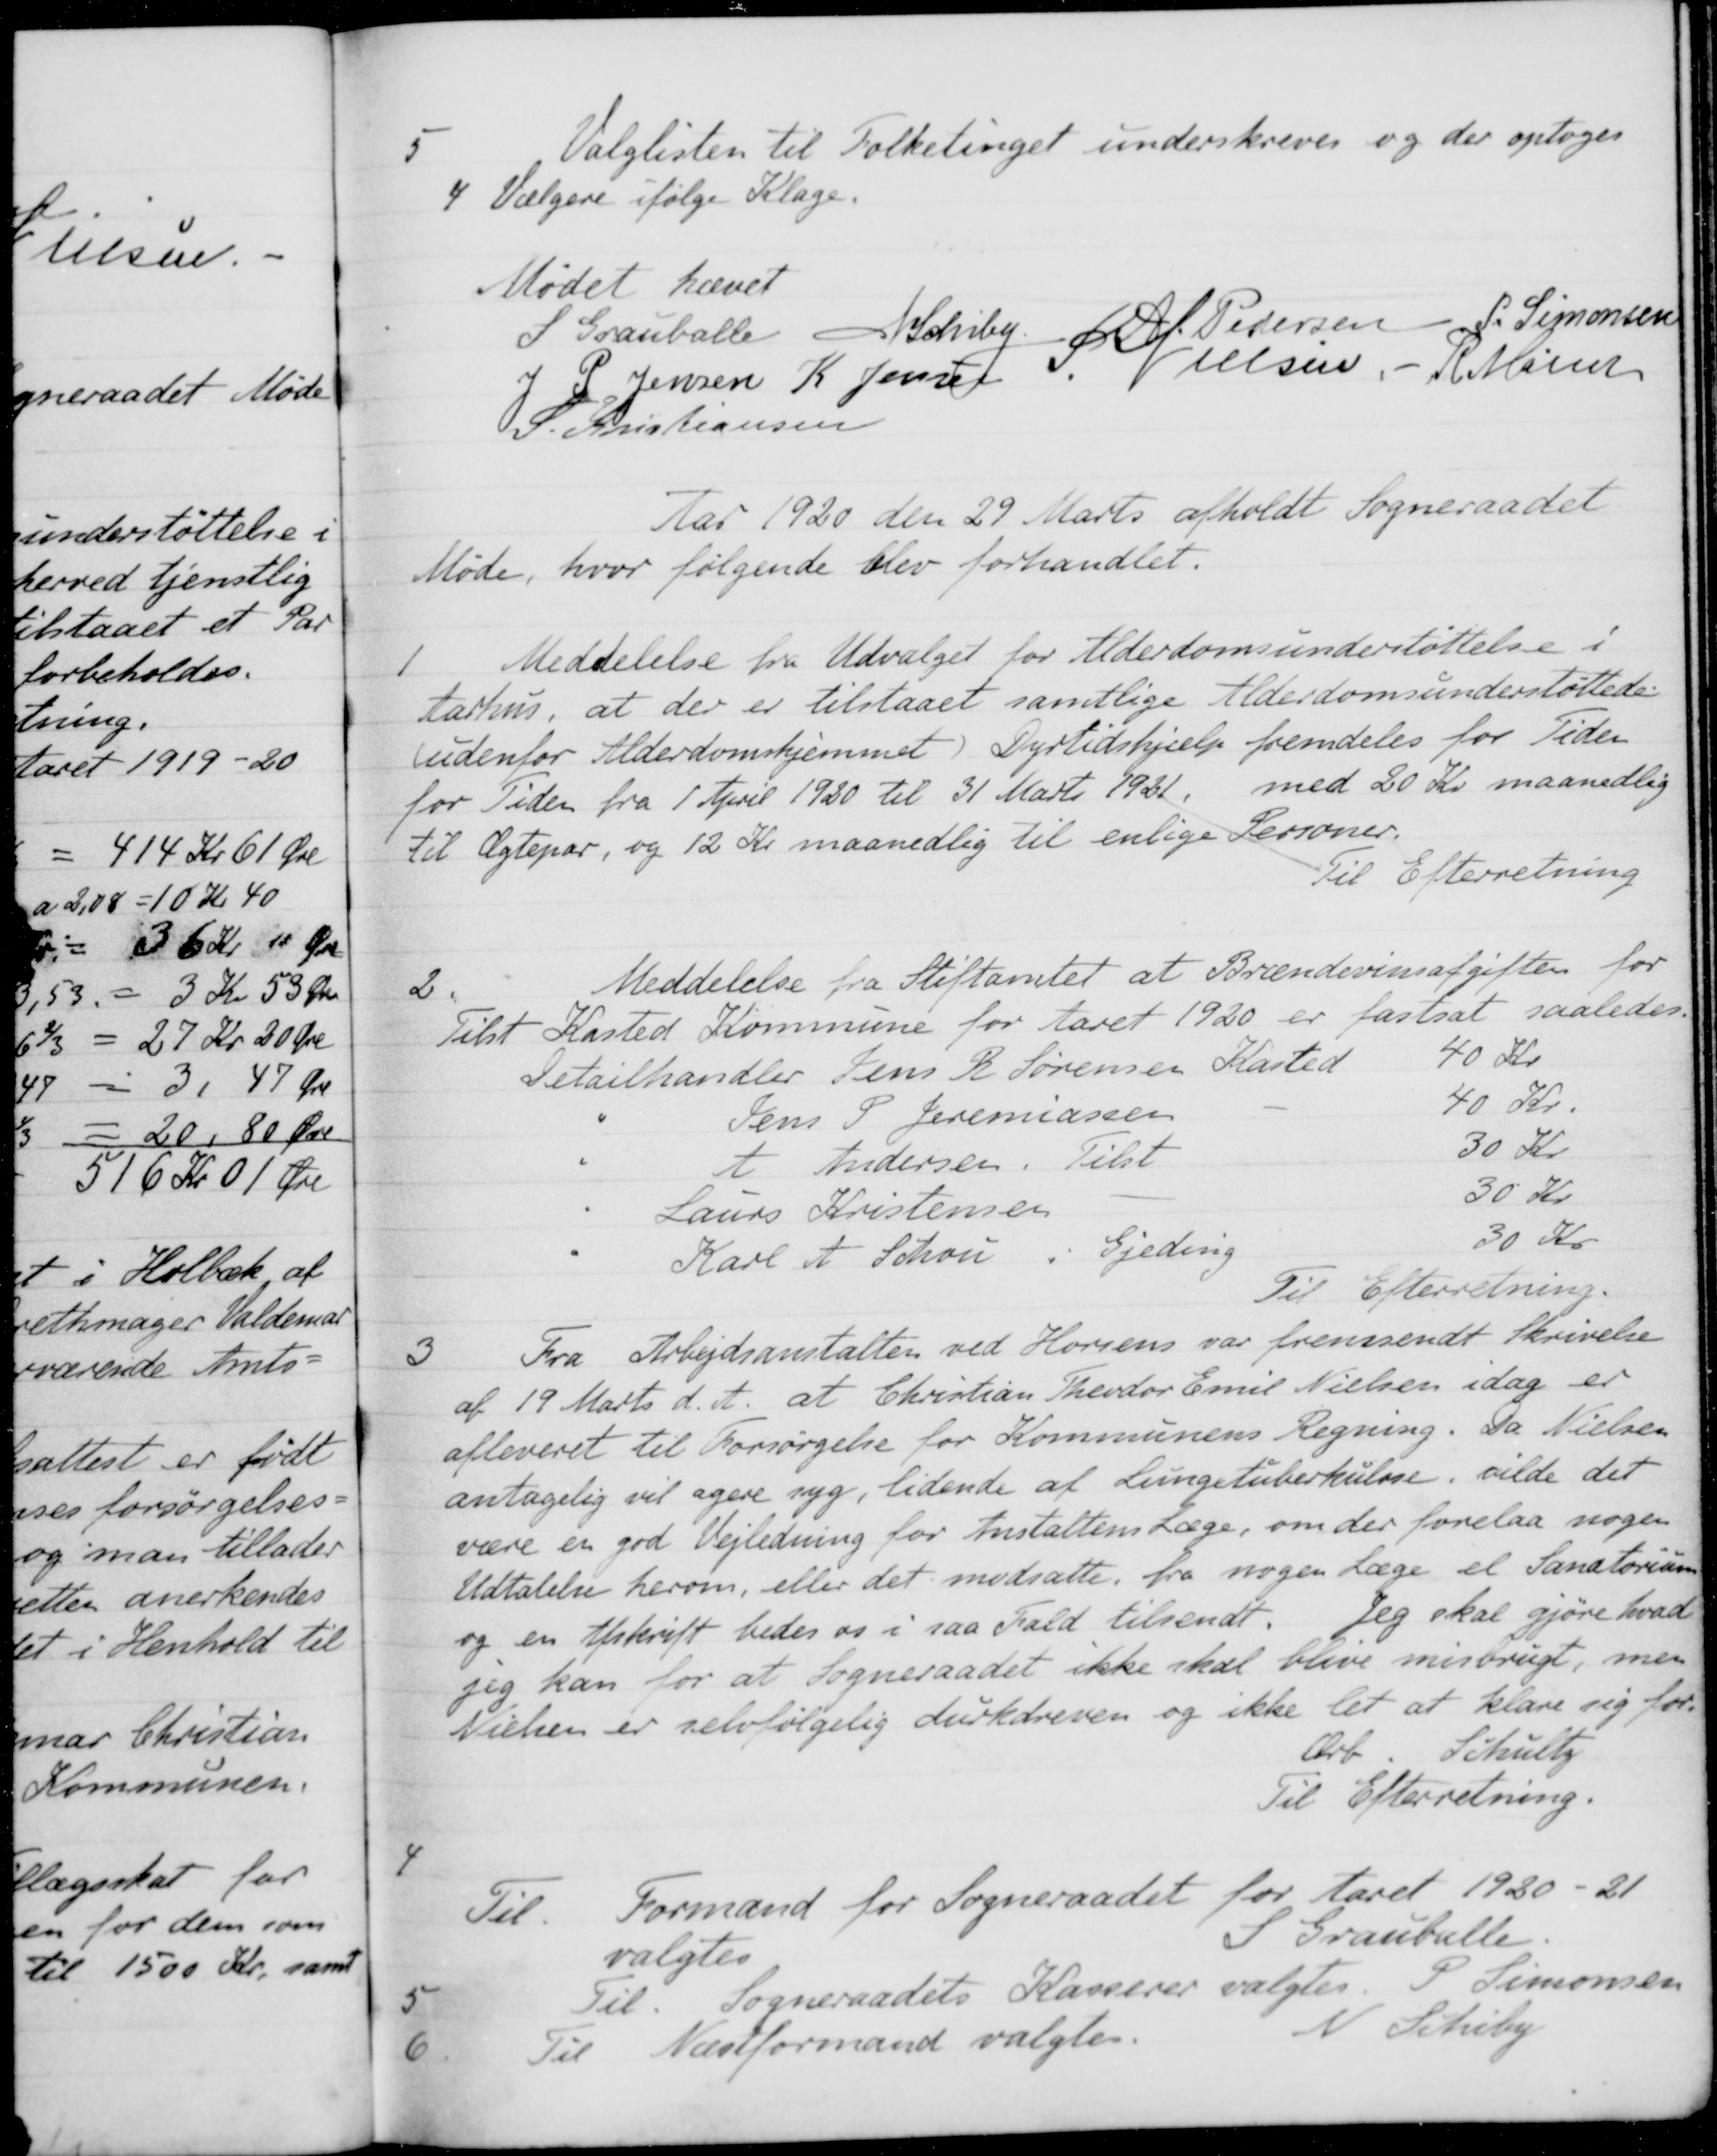
Transskription:
5
Valglisten til Folketinget underskreves og der optoges
4 Vælgere ifølge Klage.
Mødet hævet
S. Grauballe
N Schiby
A. Pedersen
P. Simonsen
J. P. Jensen
K. Jensen
S Nielsen
R. Møller
S. Kristiansen
Aar 1920 den 29 Marts afholdt Sogneraadet
Møde, hvor følgende blev forhandlet.
1
Meddelelse fra Udvalget for Alderdomsunderstøttelse i
Aarhus, at der er tilstaaet samtlige Alderdomsunderstøttede.
udenfor Alderdomshjemmet Dyrtidshjælp fremdeles for Tiden
for Tiden fra 1 April 1920 til 31 Marts 1921, med 20 Kr. maanedlig
til Ægtepar, og 12 Kr maanedlig til enlige Personer.
Til Efterretning
2.
Meddelelse fra Stiftamtet at Brændevinsafgiften for
Tilst Kasted Kommune for Aaret 1920 er fastsat saaledes
Detailhandler Jens R Sørensen Kasted
40 Kr
Jens P. Jeremiassen
40 Kr.
A Andersen
Tilst
30 Kr
Laurs Kristensen
30 Kr
Karl A. Schou
Gjeding
30 Kr
Til Efterretning.
3
Fra Arbejdsanstalten ved Horsens var fremsendt Skrivelse
af 19 Marts d. A. at Christian Theodor Emil Nielsen idag er
afleveret til Forsørgelse for Kommunens Regning. Da Nielsen
antagelig vil agere syg, lidende af Lungetuberkulose, vilde det
være en god Vejledning for Anstaltens Læge, om der forelaa nogen
Udtalelse herom, eller det modsatte fra nogen Læge el Sanatorium
og en tilskrift bedes os i saa Fald tilsendt. Jeg skal gjøre hvad
jig kan for at Sogneraadet ikke skal blive misbrugt, men
Nielsen er selvfølgelig durkdreven og ikke let at klare sig for.
Ærb. Schultz
Til Efterretning.
4
Til Formand for Sogneraadet for Aaret 1920-21
valgtes
S Grauballe.
5
Til. Sogneraadets Kasserer valgtes. P. Simonsen
6
Til Næstformand valgtes.
N. Schiby